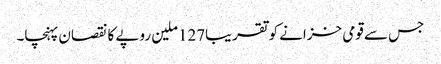
جس سے قومی خزانے کو تقریبا127ملین روپے کا نقصان پہنچا۔